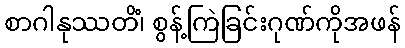
စာဂါနုဿတိံ၊ စွန့်ကြဲခြင်းဂုဏ်ကိုအဖန်